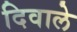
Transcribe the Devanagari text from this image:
दिवाले